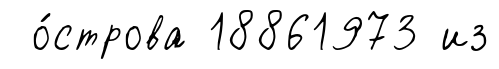
о́строва 18861973 из